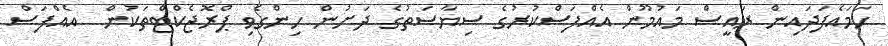
ހަމައެފަދައިން ރައީސް މައުމޫން އެއްފަސްކުރުގެ ސިޔާސަތުގެ ދަށުން ހިންގެވި ޕްރޮޖެކްޓްތަކުން  އެއްފަސް